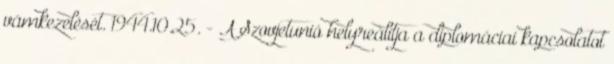
vámkezelését. 1944.10.25. - A Szovjetunió helyreálítja a diplomáciai kapcsolatot